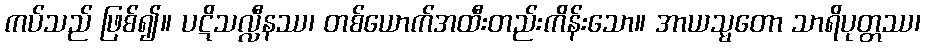
ကပ်သည် ဖြစ်၍။ ပဋိသလ္လီနဿ၊ တစ်ယောက်အထီးတည်းကိန်းသော။ အာယသ္မတော သာရိပုတ္တဿ၊